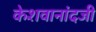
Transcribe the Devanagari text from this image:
केशवानांदजी